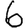
Digit: 6